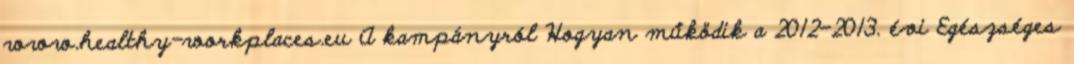
www.healthy-workplaces.eu A kampányról Hogyan működik a 2012–2013. évi Egészséges